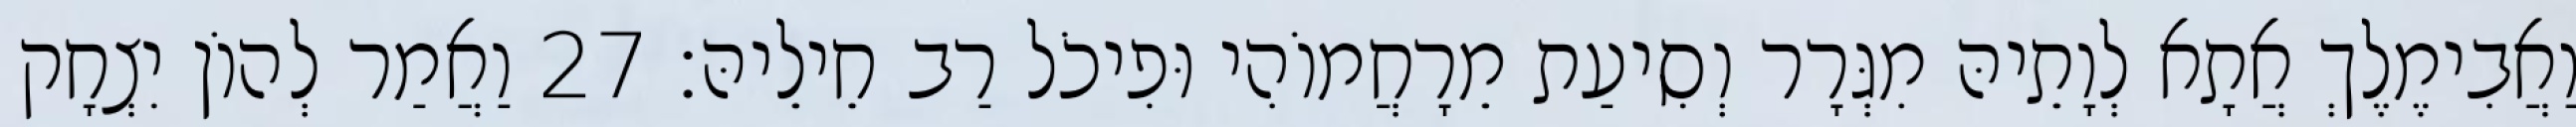
וַאֲבִימֶלֶךְ אֲתָא לְוָתֵיהּ מִגְּרָר וְסִיעַת מֵרָחֲמוֹהִי וּפִיכֹל רַב חֵילֵיהּ׃ 27 וַאֲמַר לְהוֹן יִצְחָק